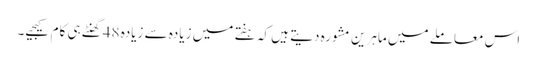
اس معاملے میں ماہرین مشورہ دیتے ہیں کہ ہفتے میں زیادہ سے زیادہ 48گھنٹے ہی کام کیجیے۔